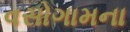
વસોગામના